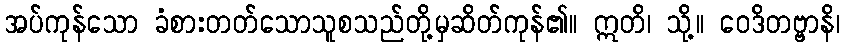
အပ်ကုန်သော ခံစားတတ်သောသူစသည်တို့မှဆိတ်ကုန်၏။ ဣတိ၊ သို့။ ဝေဒိတဗ္ဗာနိ၊